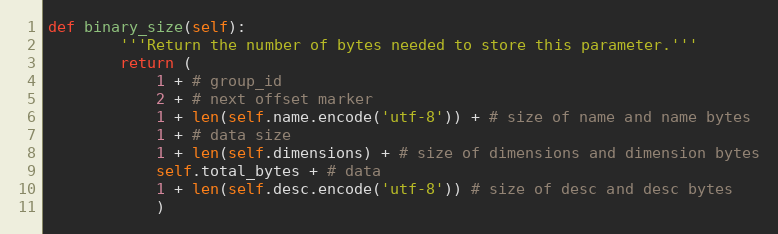
Language: Python
def binary_size(self):
        '''Return the number of bytes needed to store this parameter.'''
        return (
            1 + # group_id
            2 + # next offset marker
            1 + len(self.name.encode('utf-8')) + # size of name and name bytes
            1 + # data size
            1 + len(self.dimensions) + # size of dimensions and dimension bytes
            self.total_bytes + # data
            1 + len(self.desc.encode('utf-8')) # size of desc and desc bytes
            )